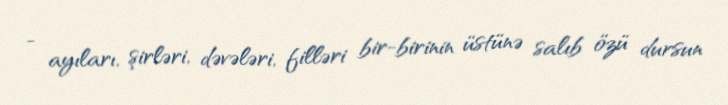
- ayıları, şirləri, dəvələri, filləri bir-birinin üstünə salıb özü dursun